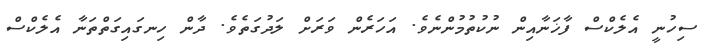
ސިހުނީ އެލެކްސް ފާޚަނާއިން ނުކުތުމުންނެވެ. އަހަރެން ވަރަށް ލަދުގަތެވެ. ދާން ހިނގައިގަތްތަނާ އެލެކްސް